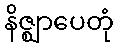
နိဇ္ဈာပေတုံ